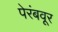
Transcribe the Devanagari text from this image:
पेरंबवूर